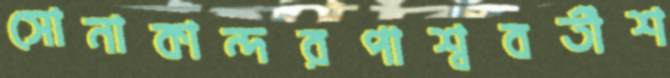
সোনাকান্দরপাশ্ববর্তীশ